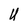
Character: U